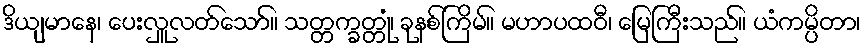
ဒိယျမာနေ၊ ပေးလှူလတ်သော်။ သတ္တက္ခတ္တုံ၊ ခုနစ်ကြိမ်။ မဟာပထဝီ၊ မြေကြီးသည်။ ယံကမ္ပိတာ၊